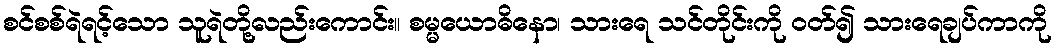
စင်စစ်ရဲရင့်သော သူရဲတို့လည်းကောင်း။ စမ္မယောဓိနော၊ သားရေ သင်တိုင်းကို ဝတ်၍ သားရေချပ်ကာကို